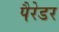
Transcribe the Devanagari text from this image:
पैरेडर